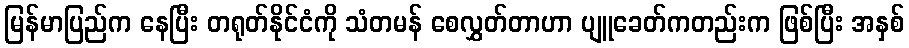
မြန်မာပြည်က နေပြီး တရုတ်နိုင်ငံကို သံတမန် စေလွှတ်တာဟာ ပျူခေတ်ကတည်းက ဖြစ်ပြီး အနှစ်